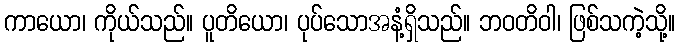
ကာယော၊ ကိုယ်သည်။ ပူတိယော၊ ပုပ်သောအနံ့ရှိသည်။ ဘဝတိဝါ၊ ဖြစ်သကဲ့သို့။